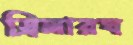
ড্রিলারঘ